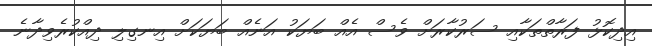
އިދިކޮޅު ފަރާތްތަކާއި ސަރުކާރަށް ވެސް އެއް ބަޔަކު އަނެއް ބަޔަކަށް އިނގިލި ދިއްކުރެވިދާނެ